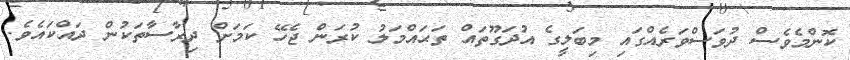
ކޮންމެވެސް ދުވަސްވަރެއްގައި މިބަލީގެ އުދަގޫތައް ތަޙައްމަލު ކުރަން ޖެހޭ ކަމަށް ދިރާސާތަކުން ދައްކައެވެ.